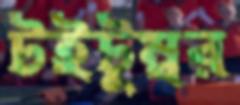
টইটুম্বর